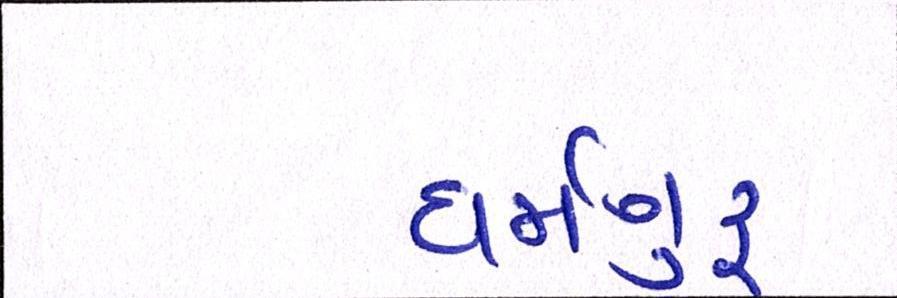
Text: ધર્મગુરૂ